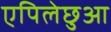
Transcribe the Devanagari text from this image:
एपिलेछुआ